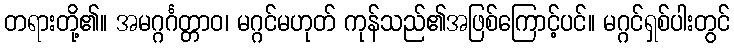
တရားတို့၏။ အမဂ္ဂင်္ဂတ္တာဝ၊ မဂ္ဂင်မဟုတ် ကုန်သည်၏အဖြစ်ကြောင့်ပင်။ မဂ္ဂင်ရှစ်ပါးတွင်